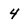
Character: 4